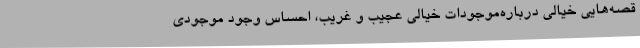
قصه‌هایی خیالی درباره‌موجودات خیالی عجیب و غریب، احساس وجود موجودی